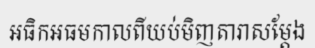
អធិកអធមកាលពីយប់មិញតារាសម្តែង